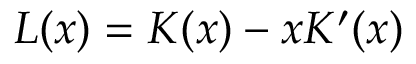
L ( x ) = K ( x ) - x K ^ { \prime } ( x )